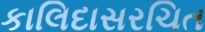
કાલિદાસરચિત